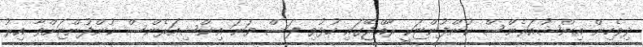
ދިވެހިން އިންޝުއަރެންސް ކުންފުންޏަކީ ރާއްޖޭގައި ހުޅުވި ފަސް ވަނަ އިންޝިއަރެންސް ކުންފުންޏަށްވާ އިރު